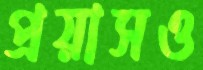
প্রয়াসও